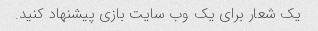
یک شعار برای یک وب سایت بازی پیشنهاد کنید.